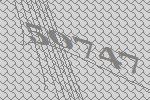
50747